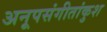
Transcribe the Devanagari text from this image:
अनूपसंगीतांकुश